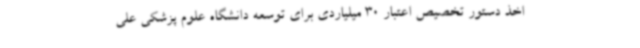
اخذ دستور تخصیص اعتبار 30 میلیاردی برای توسعه دانشگاه علوم پزشکی علی